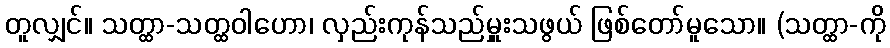
တူလျှင်။ သတ္ထာ-သတ္ထဝါဟော၊ လှည်းကုန်သည်မှူးသဖွယ် ဖြစ်တော်မူသော။ (သတ္ထာ-ကို